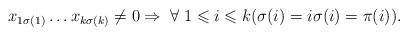
\begin{align*}x_{1\sigma(1)} \dots x_{k\sigma(k)}\neq 0 \Rightarrow \;\forall\; 1\leqslant i \leqslant k (\sigma(i) = i \sigma(i) =\pi(i)).\end{align*}